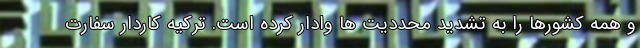
و همه کشورها را به تشدید محددیت ها وادار کرده است. ترکیه کاردار سفارت